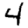
Digit: 4